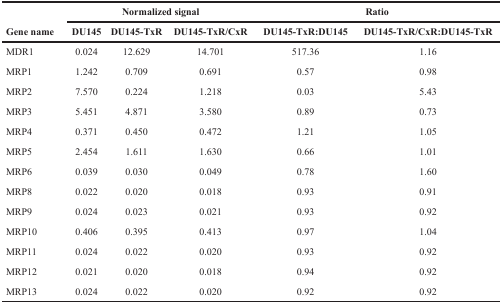
<table><thead><tr><td rowspan="2"><b>Gene name</b></td><td colspan="3"><b>Normalized signal</b></td><td colspan="2"><b>Ratio</b></td></tr><tr><td><b>DU145</b></td><td><b>DU145-TxR</b></td><td><b>DU145-TxR/CxR</b></td><td><b>DU145-TxR:DU145</b></td><td><b>DU145-TxR/CxR:DU145-TxR</b></td></tr></thead><tbody><tr><td>MDR1</td><td>0.024</td><td>12.629</td><td>14.701</td><td>517.36</td><td>1.16</td></tr><tr><td>MRP1</td><td>1.242</td><td>0.709</td><td>0.691</td><td>0.57</td><td>0.98</td></tr><tr><td>MRP2</td><td>7.570</td><td>0.224</td><td>1.218</td><td>0.03</td><td>5.43</td></tr><tr><td>MRP3</td><td>5.451</td><td>4.871</td><td>3.580</td><td>0.89</td><td>0.73</td></tr><tr><td>MRP4</td><td>0.371</td><td>0.450</td><td>0.472</td><td>1.21</td><td>1.05</td></tr><tr><td>MRP5</td><td>2.454</td><td>1.611</td><td>1.630</td><td>0.66</td><td>1.01</td></tr><tr><td>MRP6</td><td>0.039</td><td>0.030</td><td>0.049</td><td>0.78</td><td>1.60</td></tr><tr><td>MRP8</td><td>0.022</td><td>0.020</td><td>0.018</td><td>0.93</td><td>0.91</td></tr><tr><td>MRP9</td><td>0.024</td><td>0.023</td><td>0.021</td><td>0.93</td><td>0.92</td></tr><tr><td>MRP10</td><td>0.406</td><td>0.395</td><td>0.413</td><td>0.97</td><td>1.04</td></tr><tr><td>MRP11</td><td>0.024</td><td>0.022</td><td>0.020</td><td>0.93</td><td>0.92</td></tr><tr><td>MRP12</td><td>0.021</td><td>0.020</td><td>0.018</td><td>0.94</td><td>0.92</td></tr><tr><td>MRP13</td><td>0.024</td><td>0.022</td><td>0.020</td><td>0.92</td><td>0.92</td></tr></tbody></table>